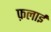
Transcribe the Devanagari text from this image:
फ़लाई